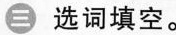
三 选词填空。